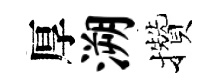
厚溯攢